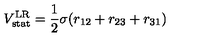
V _ { \mathrm { s t a t } } ^ { \mathrm { L R } } = \frac { 1 } { 2 } \sigma ( r _ { 1 2 } + r _ { 2 3 } + r _ { 3 1 } )